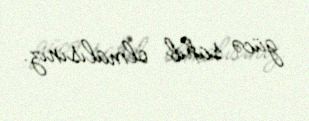
gücə sahib olmalısınız.